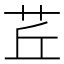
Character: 茊